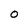
Character: 0